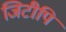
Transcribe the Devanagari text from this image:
जिटीपि